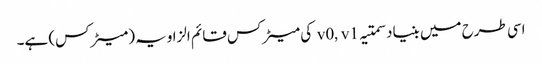
اسی طرح میں بنیاد سمتیہ v0, v1 کی میٹرکس قائم الزاویہ (میٹرکس) ہے۔